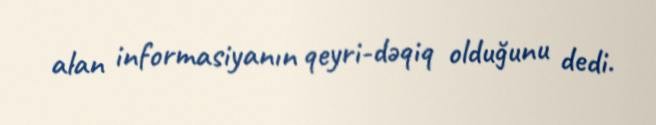
alan informasiyanın qeyri-dəqiq olduğunu dedi.